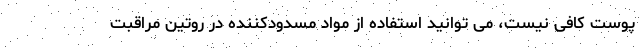
پوست کافی نیست، می توانید استفاده از مواد مسدودکننده در روتین مراقبت